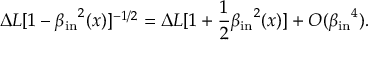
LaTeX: \Delta L [ 1 - { \beta _ { \mathrm { i n } } } ^ { 2 } ( x ) ] ^ { - 1 / 2 } = \Delta L [ 1 + { \frac { 1 } { 2 } } { \beta _ { \mathrm { i n } } } ^ { 2 } ( x ) ] + { \cal O } ( { \beta _ { \mathrm { i n } } } ^ { 4 } ) .